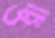
ওয়া